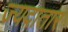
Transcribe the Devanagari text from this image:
ज्यदातार